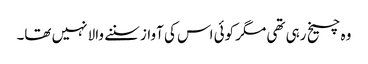
وہ چیخ رہی تھی مگر کوئی اس کی آواز سننے والا نہیں تھا۔